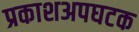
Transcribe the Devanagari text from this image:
प्रकाशअपघटक